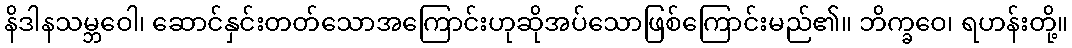
နိဒါနသမ္ဘဝေါ၊ ဆောင်နှင်းတတ်သောအကြောင်းဟုဆိုအပ်သောဖြစ်ကြောင်းမည်၏။ ဘိက္ခဝေ၊ ရဟန်းတို့။